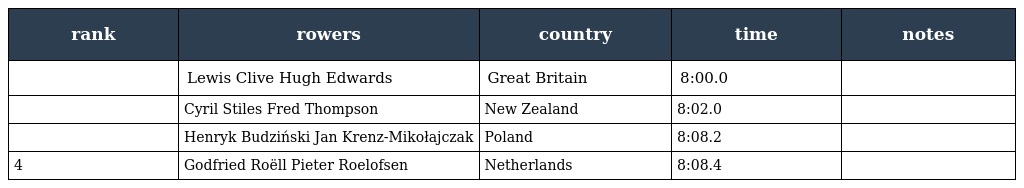
| rank | rowers | country | time | notes |
 | --- | --- | --- | --- | --- |
 |  | Lewis Clive Hugh Edwards | Great Britain | 8:00.0 |  |
 |  | Cyril Stiles Fred Thompson | New Zealand | 8:02.0 |  |
 |  | Henryk Budziński Jan Krenz-Mikołajczak | Poland | 8:08.2 |  |
 | 4 | Godfried Roëll Pieter Roelofsen | Netherlands | 8:08.4 |  |